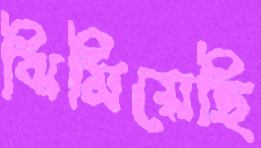
ঝিমিয়েছি